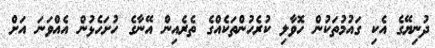
ދުނިޔޭގެ އެކި ގައުމުތަކުން ހޮވާލި ކުރެހުންތަކެއްގެ ތެރެއިން އޭނާގެ ހުށަހެޅުން އެއްވަނަ އަށް